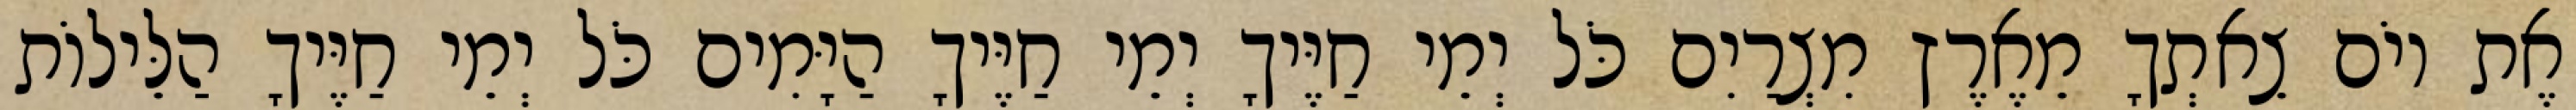
אֶת יוֹם צֵאתְךָ מֵאֶרֶץ מִצְרַיִם כֹּל יְמֵי חַיֶּיךָ יְמֵי חַיֶּיךָ הַיָּמִים כֹּל יְמֵי חַיֶּיךָ הַלֵּילוֹת